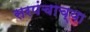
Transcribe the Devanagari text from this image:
सरपंचाच्या